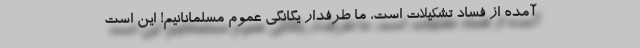
آمده از فساد تشکیلات است، ما طرفدار یگانگی عموم مسلمانانیم! این است